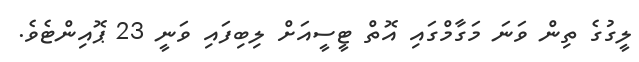
ލީގުގެ ތިން ވަނަ މަގާމްގައި އޮތް ޓީސީއަށް ލިބިފައި ވަނީ 23 ޕޮއިންޓެވެ.